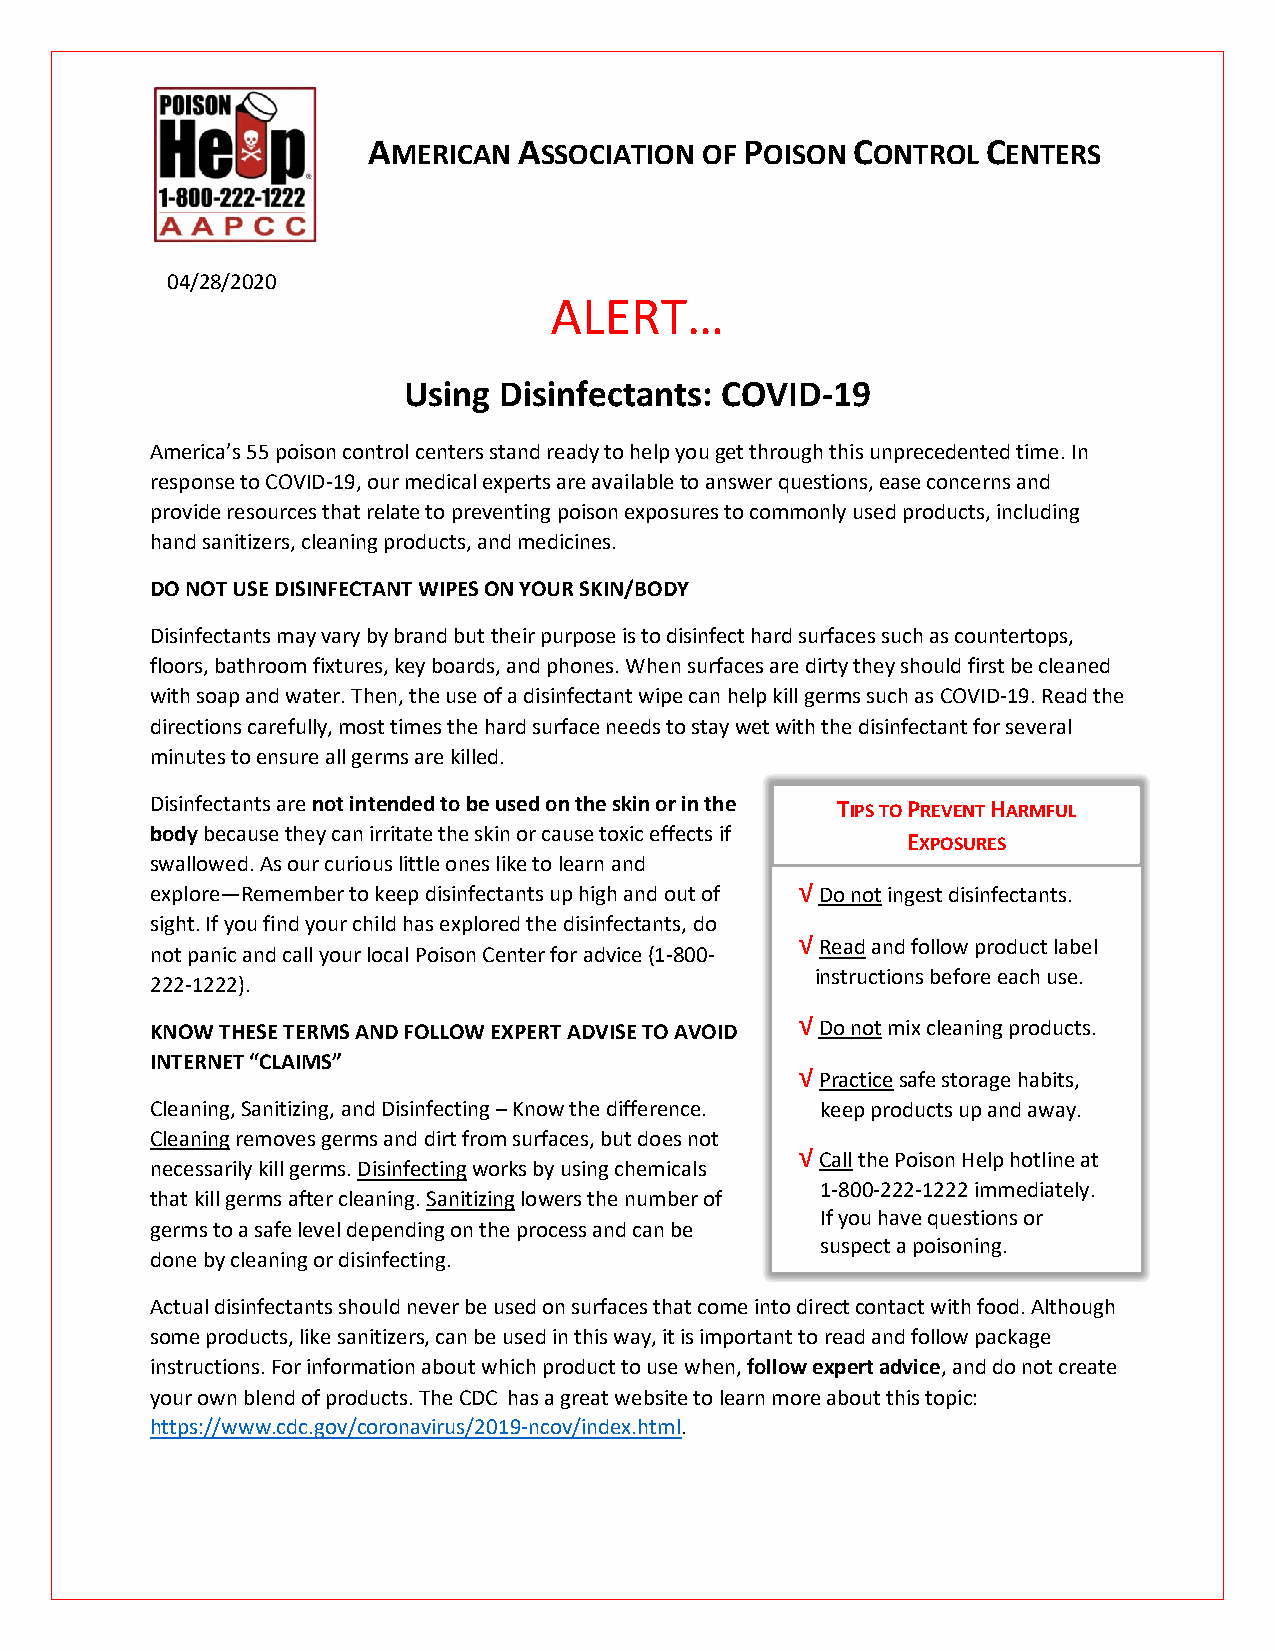
AMERICAN  ASSOCIATION OF POISON CONTROL  CENTERS
 04/28/2020
 ALERT…
 Using Disinfectants: COVID-19
 America’s 55 poison control centers stand ready to help you get through this unprecedented time. In
 response to COVID-19, our medical experts are available to answer questions, ease concerns and
 provide resources that relate to preventing poison exposures to commonly used products, including
 hand sanitizers, cleaning products, and medicines.
 DO NOT USE DISINFECTANT WIPES ON YOUR SKIN/BODY
 Disinfectants may vary by brand but their purpose is to disinfect hard surfaces such as countertops,
 floors, bathroom fixtures, key boards, and phones. When surfaces are dirty they should first be cleaned
 with soap and water. Then, the use of a disinfectant wipe can help kill germs such as COVID-19. Read the
 directions carefully, most times the hard surface needs to stay wet with the disinfectant for several
 minutes to ensure all germs are killed.
 Disinfectants are not intended to be used on the skin or in the TIPS TO PREVENT HARMFUL
 body because they can irritate the skin or cause toxic effects if
 EXPOSURES
 swallowed. As our curious little ones like to learn and
 explore—Remember to keep disinfectants up high and out of √Do not ingest disinfectants.
 sight. If you find your child has explored the disinfectants, do
 √Read and follow product label
 not panic and call your local Poison Center for advice (1-800-
 instructions before each use.
 222-1222).
 KNOW THESE TERMS AND FOLLOW EXPERT ADVISE TO AVOID √Do not mix cleaning products.
 INTERNET “CLAIMS”
 √Practice safe storage habits,
 Cleaning, Sanitizing, and Disinfecting – Know the difference. keep products up and away.
 Cleaning removes germs and dirt from surfaces, but does not
 √Call the Poison Help hotline at
 necessarily kill germs. Disinfecting works by using chemicals
 1-800-222-1222 immediately.
 that kill germs after cleaning. Sanitizing lowers the number of
 If you have questions or
 germs to a safe level depending on the process and can be
 suspect a poisoning.
 done by cleaning or disinfecting.
 Actual disinfectants should never be used on surfaces that come into direct contact with food. Although
 some products, like sanitizers, can be used in this way, it is important to read and follow package
 instructions. For information about which product to use when, follow expert advice, and do not create
 your own blend of products. The CDC has a great website to learn more about this topic:
 https://www.cdc.gov/coronavirus/2019-ncov/index.html.